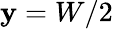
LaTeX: \mathbf{y}=W/2